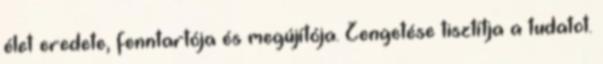
élet eredete, fenntartója és megújítója. Zengetése tisztítja a tudatot.